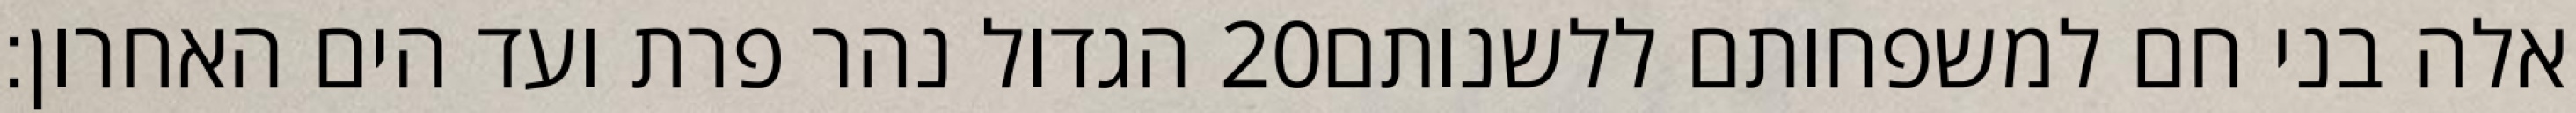
הגדול נהר פרת ועד הים האחרון׃ ‎20‏ אלה בני חם למשפחותם ללשנותם